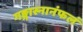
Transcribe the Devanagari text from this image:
गङ्गास्नानंफलं